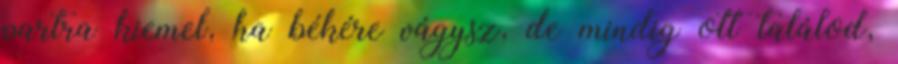
partra kiemel, ha békére vágysz, de mindig ott találod,